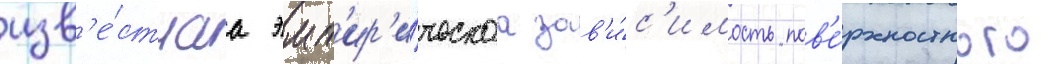
изв'е́стнаа эмп'ир'и́ческаа зав'и́с'имость пов'е́рхностного